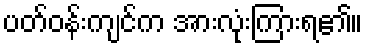
ပတ်ဝန်းကျင်က အားလုံးကြားရ၏။